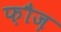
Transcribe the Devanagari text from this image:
फ़ौज़